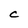
Character: C